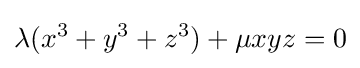
\lambda (x^{3}+y^{3}+z^{3})+\mu xyz=0